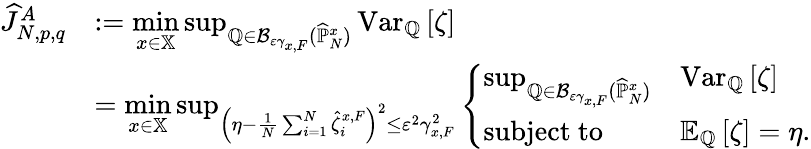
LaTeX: \begin{array}{rl}{\widehat{J}_{N,p,q}^{A}}&{:=\underset{x\in\mathbb{X}}{\operatorname*{min}}\operatorname*{sup}_{\mathbb{Q}\in\mathcal{B}_{\varepsilon\gamma_{x,F}}(\widehat{\mathbb{P}}_{N}^{x})}\mathrm{Var}_{\mathbb{Q}}\left[\zeta\right]}\\ &{=\underset{x\in\mathbb{X}}{\operatorname*{min}}\operatorname*{sup}_{\left(\eta-\frac{1}{N}\sum_{i=1}^{N}\widehat{\zeta}_{i}^{x,F}\right)^{2}\leq\varepsilon^{2}\gamma_{x,F}^{2}}\left\{ \begin{array}{ll}{\operatorname*{sup}_{\mathbb{Q}\in\mathcal{B}_{\varepsilon\gamma_{x,F}}(\widehat{\mathbb{P}}_{N}^{x})}}&{\mathrm{Var}_{\mathbb{Q}}\left[\zeta\right]}\\ {\mathrm{subject~to}}&{\mathbb{E}_{\mathbb{Q}}\left[\zeta\right]=\eta.}\end{array}\right.}\end{array}